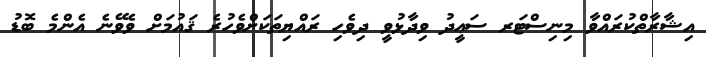
އިޝާރާތްކުރައްވާ މިނިސްޓަރ ސަޢީދު ވިދާޅުވީ ދިވެހި ރައްޔިތަކަށްވެހުރެ ޤައުމަށް ވެވޭނެ އެންމެ ބޮޑު